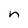
Character: n